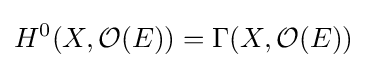
H^{0}(X,{\mathcal {O}}(E))=\Gamma (X,{\mathcal {O}}(E))